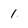
Character: 1